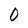
Character: 0